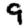
Digit: 9